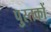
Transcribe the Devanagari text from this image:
पु्स्तकों